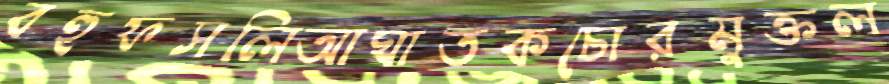
বহুফসলিআঘাতকচোরমুক্তল